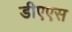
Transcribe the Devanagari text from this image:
डीएएस